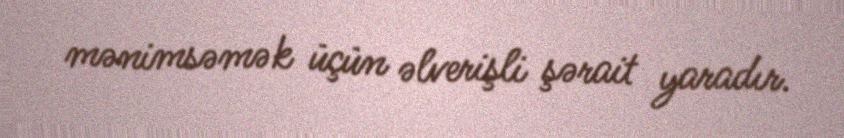
mənimsəmək üçün əlverişli şərait yaradır.